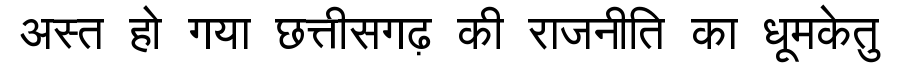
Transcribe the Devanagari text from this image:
अस्त हो गया छत्तीसगढ़ की राजनीति का धूमकेतु